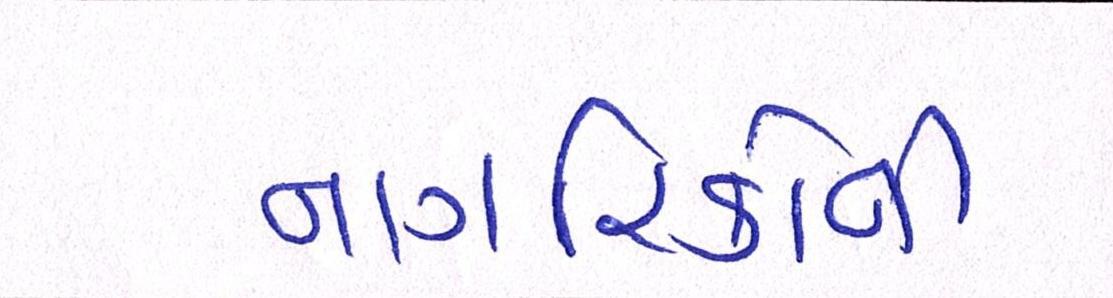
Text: નાગરિકોની